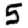
Digit: 5